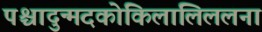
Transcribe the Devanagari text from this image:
पश्चादुन्मदकोकिलालिललना